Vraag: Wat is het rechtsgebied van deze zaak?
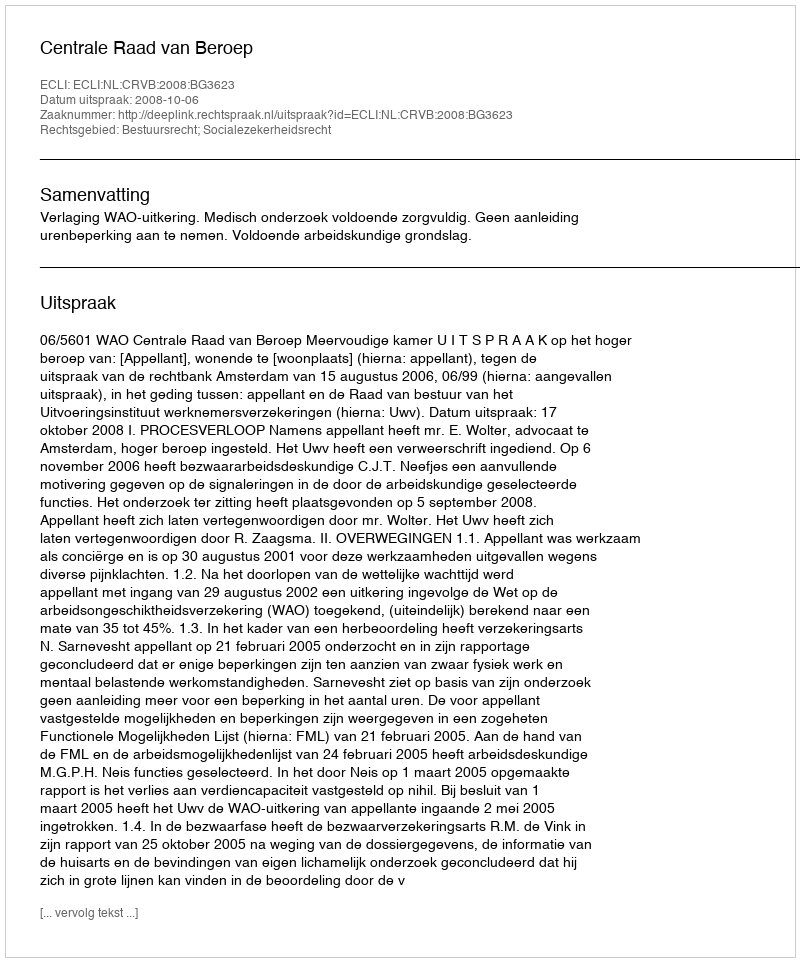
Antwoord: Bestuursrecht; Socialezekerheidsrecht